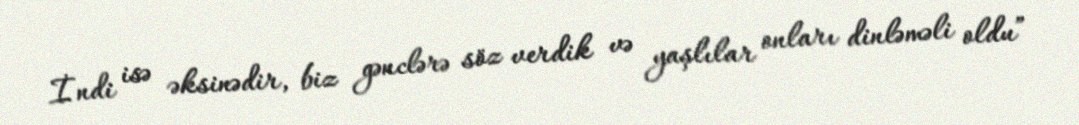
İndi isə əksinədir, biz gənclərə söz verdik və yaşlılar onları dinləməli oldu”